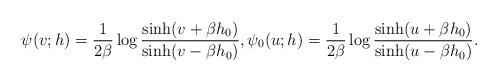
LaTeX: \begin{align*}\psi(v;h)=\frac{1}{2\beta}\log\frac{\sinh(v+\beta h_0)}{\sinh(v-\beta h_0)},\psi_0(u;h)=\frac{1}{2\beta}\log\frac{\sinh(u+\beta h_0)}{\sinh(u-\beta h_0)}.\end{align*}